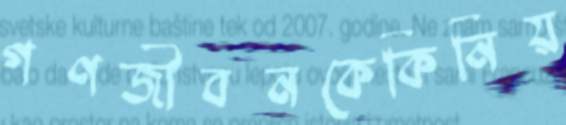
গণজীবনকেকিনিয়